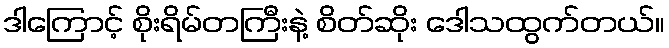
ဒါကြောင့် စိုးရိမ်တကြီးနဲ့ စိတ်ဆိုး ဒေါသထွက်တယ်။